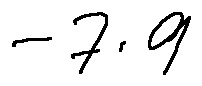
- 7 . 9